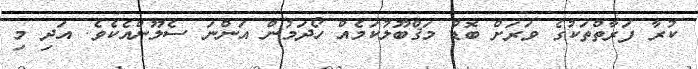
ކުރާ ފަރާތްތަކުގެ ވަރަށް ބޮޑު މަޤްބޫލުކަމެއް ހޯދަމުން އަންނަ ސެލޫންއެކެވެ. އަދި މި